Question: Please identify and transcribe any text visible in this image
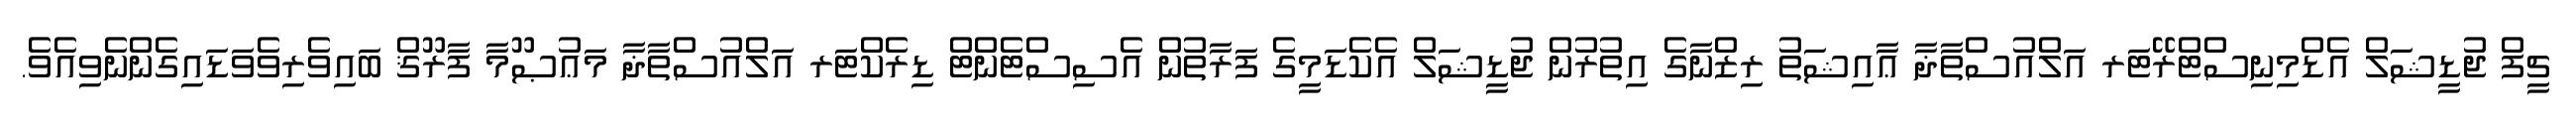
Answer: ޗީފް ޖުޑީޝަލް އެޑްމިނިސްޓްރޭޓަރ އަލްއުސްތާޛާ ޢާއިޝަތު ރިޒްނާގެ އިތުރުން ޖުޑީޝަލް އެކެޑަމީގެ ފަރާތުން އެސިސްޓެންޓް ޑިރެކްޓަރ އަލްއުސްތާޛާ މަޢުޞޫމާ ފާރޫޤް ބައިވެރިވެވަޑައިގެންނެވިއެވެ.